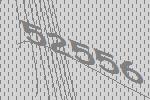
52556